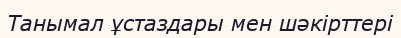
Танымал ұстаздары мен шәкірттері